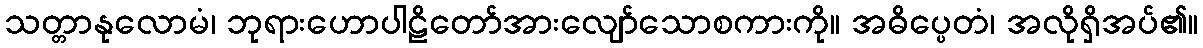
သတ္တာနုလောမံ၊ ဘုရားဟောပါဠိတော်အားလျော်သောစကားကို။ အဓိပ္ပေတံ၊ အလိုရှိအပ်၏။